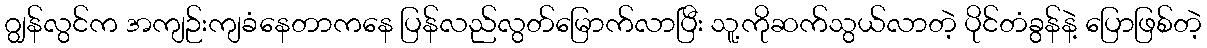
ဂျွန်လွင်က အကျဉ်းကျခံနေတာကနေ ပြန်လည်လွတ်မြောက်လာပြီး သူ့ကိုဆက်သွယ်လာတဲ့ ပိုင်တံခွန်နဲ့ ပြောဖြစ်တဲ့